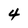
Character: 4